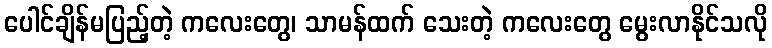
ပေါင်ချိန်မပြည့်တဲ့ ကလေးတွေ၊ သာမန်ထက် သေးတဲ့ ကလေးတွေ မွေးလာနိုင်သလို